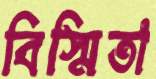
বিস্মিতা